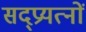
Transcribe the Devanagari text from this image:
सद्प्रयत्नों